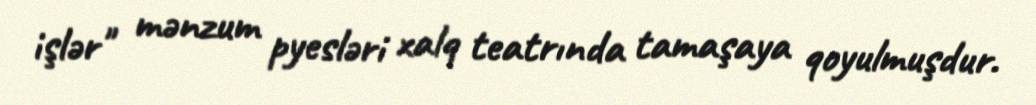
işlər" mənzum pyesləri xalq teatrında tamaşaya qoyulmuşdur.